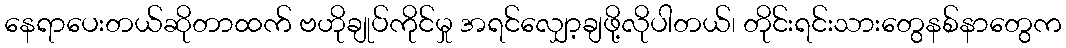
နေရာပေးတယ်ဆိုတာထက် ဗဟိုချုပ်ကိုင်မှု အရင်လျှော့ချဖို့လိုပါတယ်၊ တိုင်းရင်းသားတွေနစ်နာတွေက